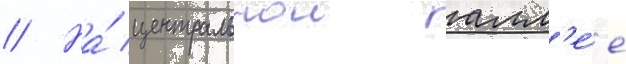
// На́ центральнои алл'е́е